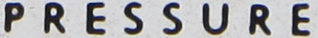
PRESSURE